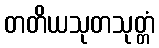
တတိယသုတသုတ္တံ